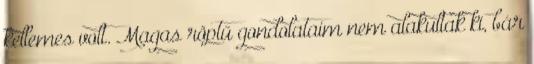
kellemes volt. Magas röptű gondolataim nem alakultak ki, bár